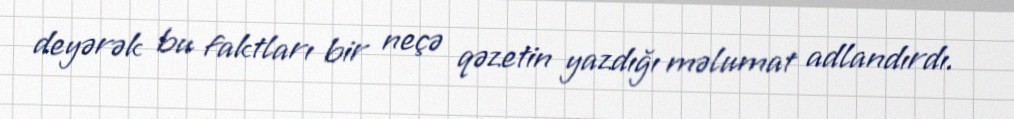
deyərək bu faktları bir neçə qəzetin yazdığı məlumat adlandırdı.